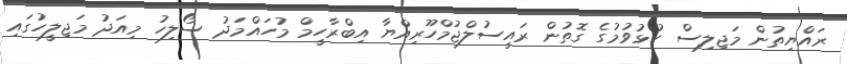
ރައްޔިތުން މަޖިލިސް ހުޅުވުމުގެ ގޮތުން ރައީސުލްޖުމްހޫރިއްޔާ އިބްރާހީމް މުހައްމަދު ސޯލިހު މިއަދު މަޖިލީހުގައި